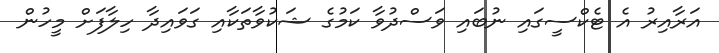
އަރާއިރު އެ ޓެކްސީގައި ނުބައި ވަސްދުވާ ކަމުގެ ޝަކުވާތަކާއި ގަވައިދާ ހިލާފަށް މީހުން